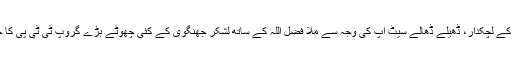
ٹی ٹی پی کے لچکدار، ڈھیلے ڈھالے سیٹ اپ کی وجہ سے ملا فضل اللہ کے ساتھ لشکر جھنگوی کے کئی چھوٹے بڑے گروپ ٹی ٹی پی کا حصہ بنے۔